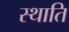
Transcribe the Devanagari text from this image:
स्थाति